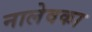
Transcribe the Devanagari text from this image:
नालेवका